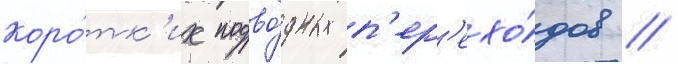
коро́тк'их подво́дных п'ер'ехо́дов //